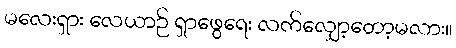
မလေးရှား လေယာဉ် ရှာဖွေရေး လက်လျှော့တော့မလား။